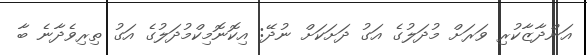
އަންދާޒާކުރި ވަރަށް މުދަލުގެ އަގު ދަށަކަށް ނުދޭ: އިކޮނޮމިކްމުދަލުގެ އަގު ތިރިވެދާނެ ބާ